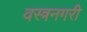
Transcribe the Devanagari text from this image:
वस्त्रनगरी